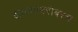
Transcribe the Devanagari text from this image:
झाल्याबरोबरच